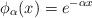
LaTeX: \begin{align*}\phi_\alpha(x)=e^{-\alpha x}\end{align*}